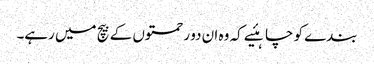
بندے کو چاہئیے کہ وہ ان دو رحمتوں کے بیچ میں رہے۔